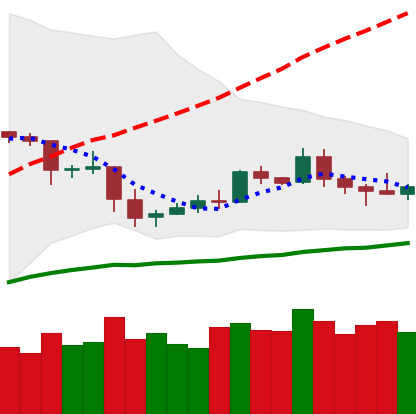
Ticker: ETC-USD
Chart end date: 2019-05-08
Forward return: 6.193%
Label: up_5_7